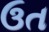
ઉત